Black-water fever - Number 35
Disease focus: Fever
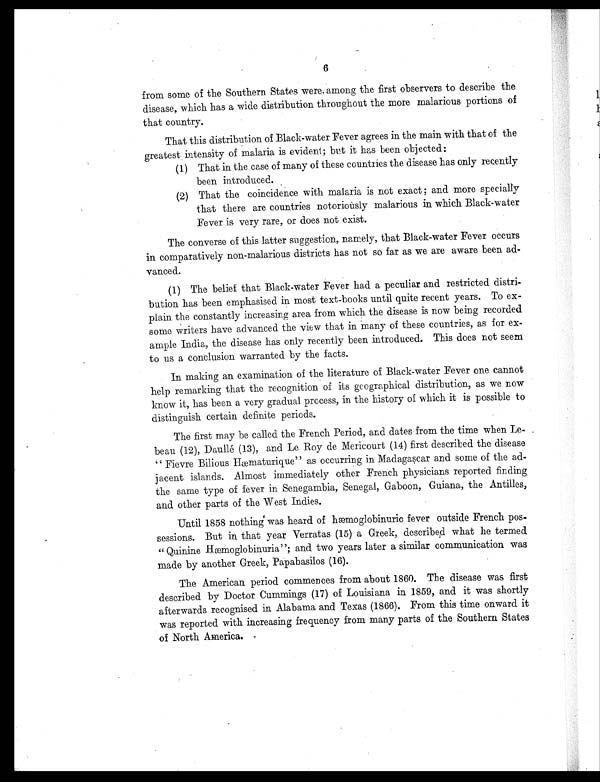
6
from some of the Southern States were among the first observers to describe the
disease, which has a wide distribution throughout the more malarious portions of
that country.
That this distribution of Black-water Fever agrees in the main with that of the
greatest intensity of malaria is evident; but it has been objected:
(1.) That in the case of many of these countries the disease has only recently
been introduced.
(2.) That the coincidence with malaria is not exact ; and more specially
that there are countries notoriously malarious in which Black-water
Fever is very rare, or does not exist.
The converse of this latter suggestion, namely, that Black-water Fever occurs
in comparatively non-malarious districts has not so far as we are aware been ad-
vanced.
(1) The belief that Black-water Fever had a peculiar and restricted distri-
bution has been emphasised in most text-books until quite recent years. To ex-
plain the constantly increasing area from which the disease is now being recorded
some writers have advanced the view that in many of these countries, as for ex-
ample India, the disease has only recently been introduced. This does not seem
to us a conclusion warranted by the facts.
In making an examination of the literature of Black-water Fever one cannot
help remarking that the recognition of its geographical distribution, as we now
know it, has been a very gradual process, in the history of which it is possible to
distinguish certain definite periods.
The first may be called the French Period, and dates from the time when Le-
beau (12), Daullé (13), and Le Roy de Mericourt (14) first described the disease
" Fievre Bilious Hæmaturique" as occurring in Madagascar and some of the ad-
j acent islands. Almost immediately other French physicians reported finding
the same type of fever in Senegambia, Senegal, Gaboon, Guiana, the Antilles,
and other parts of the West Indies.
Until 1858 nothing' was heard of hæmoglobinuric fever outside French pos-
sessions. But in that year Verratas (15) a Greek, described what he termed
" Quinine Hæmoglobinuria"; and two years later a similar communication was
made by another Greek, Papabasilos (16).
The American period commences from about 1860. The disease was first
described by Doctor Cummings (17) of Louisiana in 1859, and it was shortly
afterwards recognised in Alabama and Texas (1866). From this time onward it
was reported with increasing frequency from many parts of the Southern States
of North America.